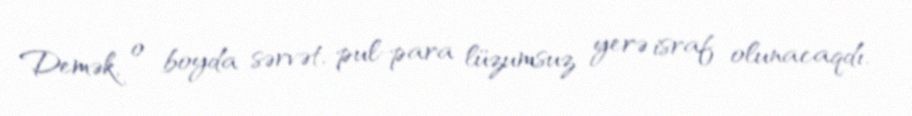
Demək, o boyda sərvət, pul-para lüzumsuz yerə israf olunacaqdı.